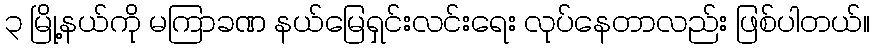
၃ မြို့နယ်ကို မကြာခဏ နယ်မြေရှင်းလင်းရေး လုပ်နေတာလည်း ဖြစ်ပါတယ်။